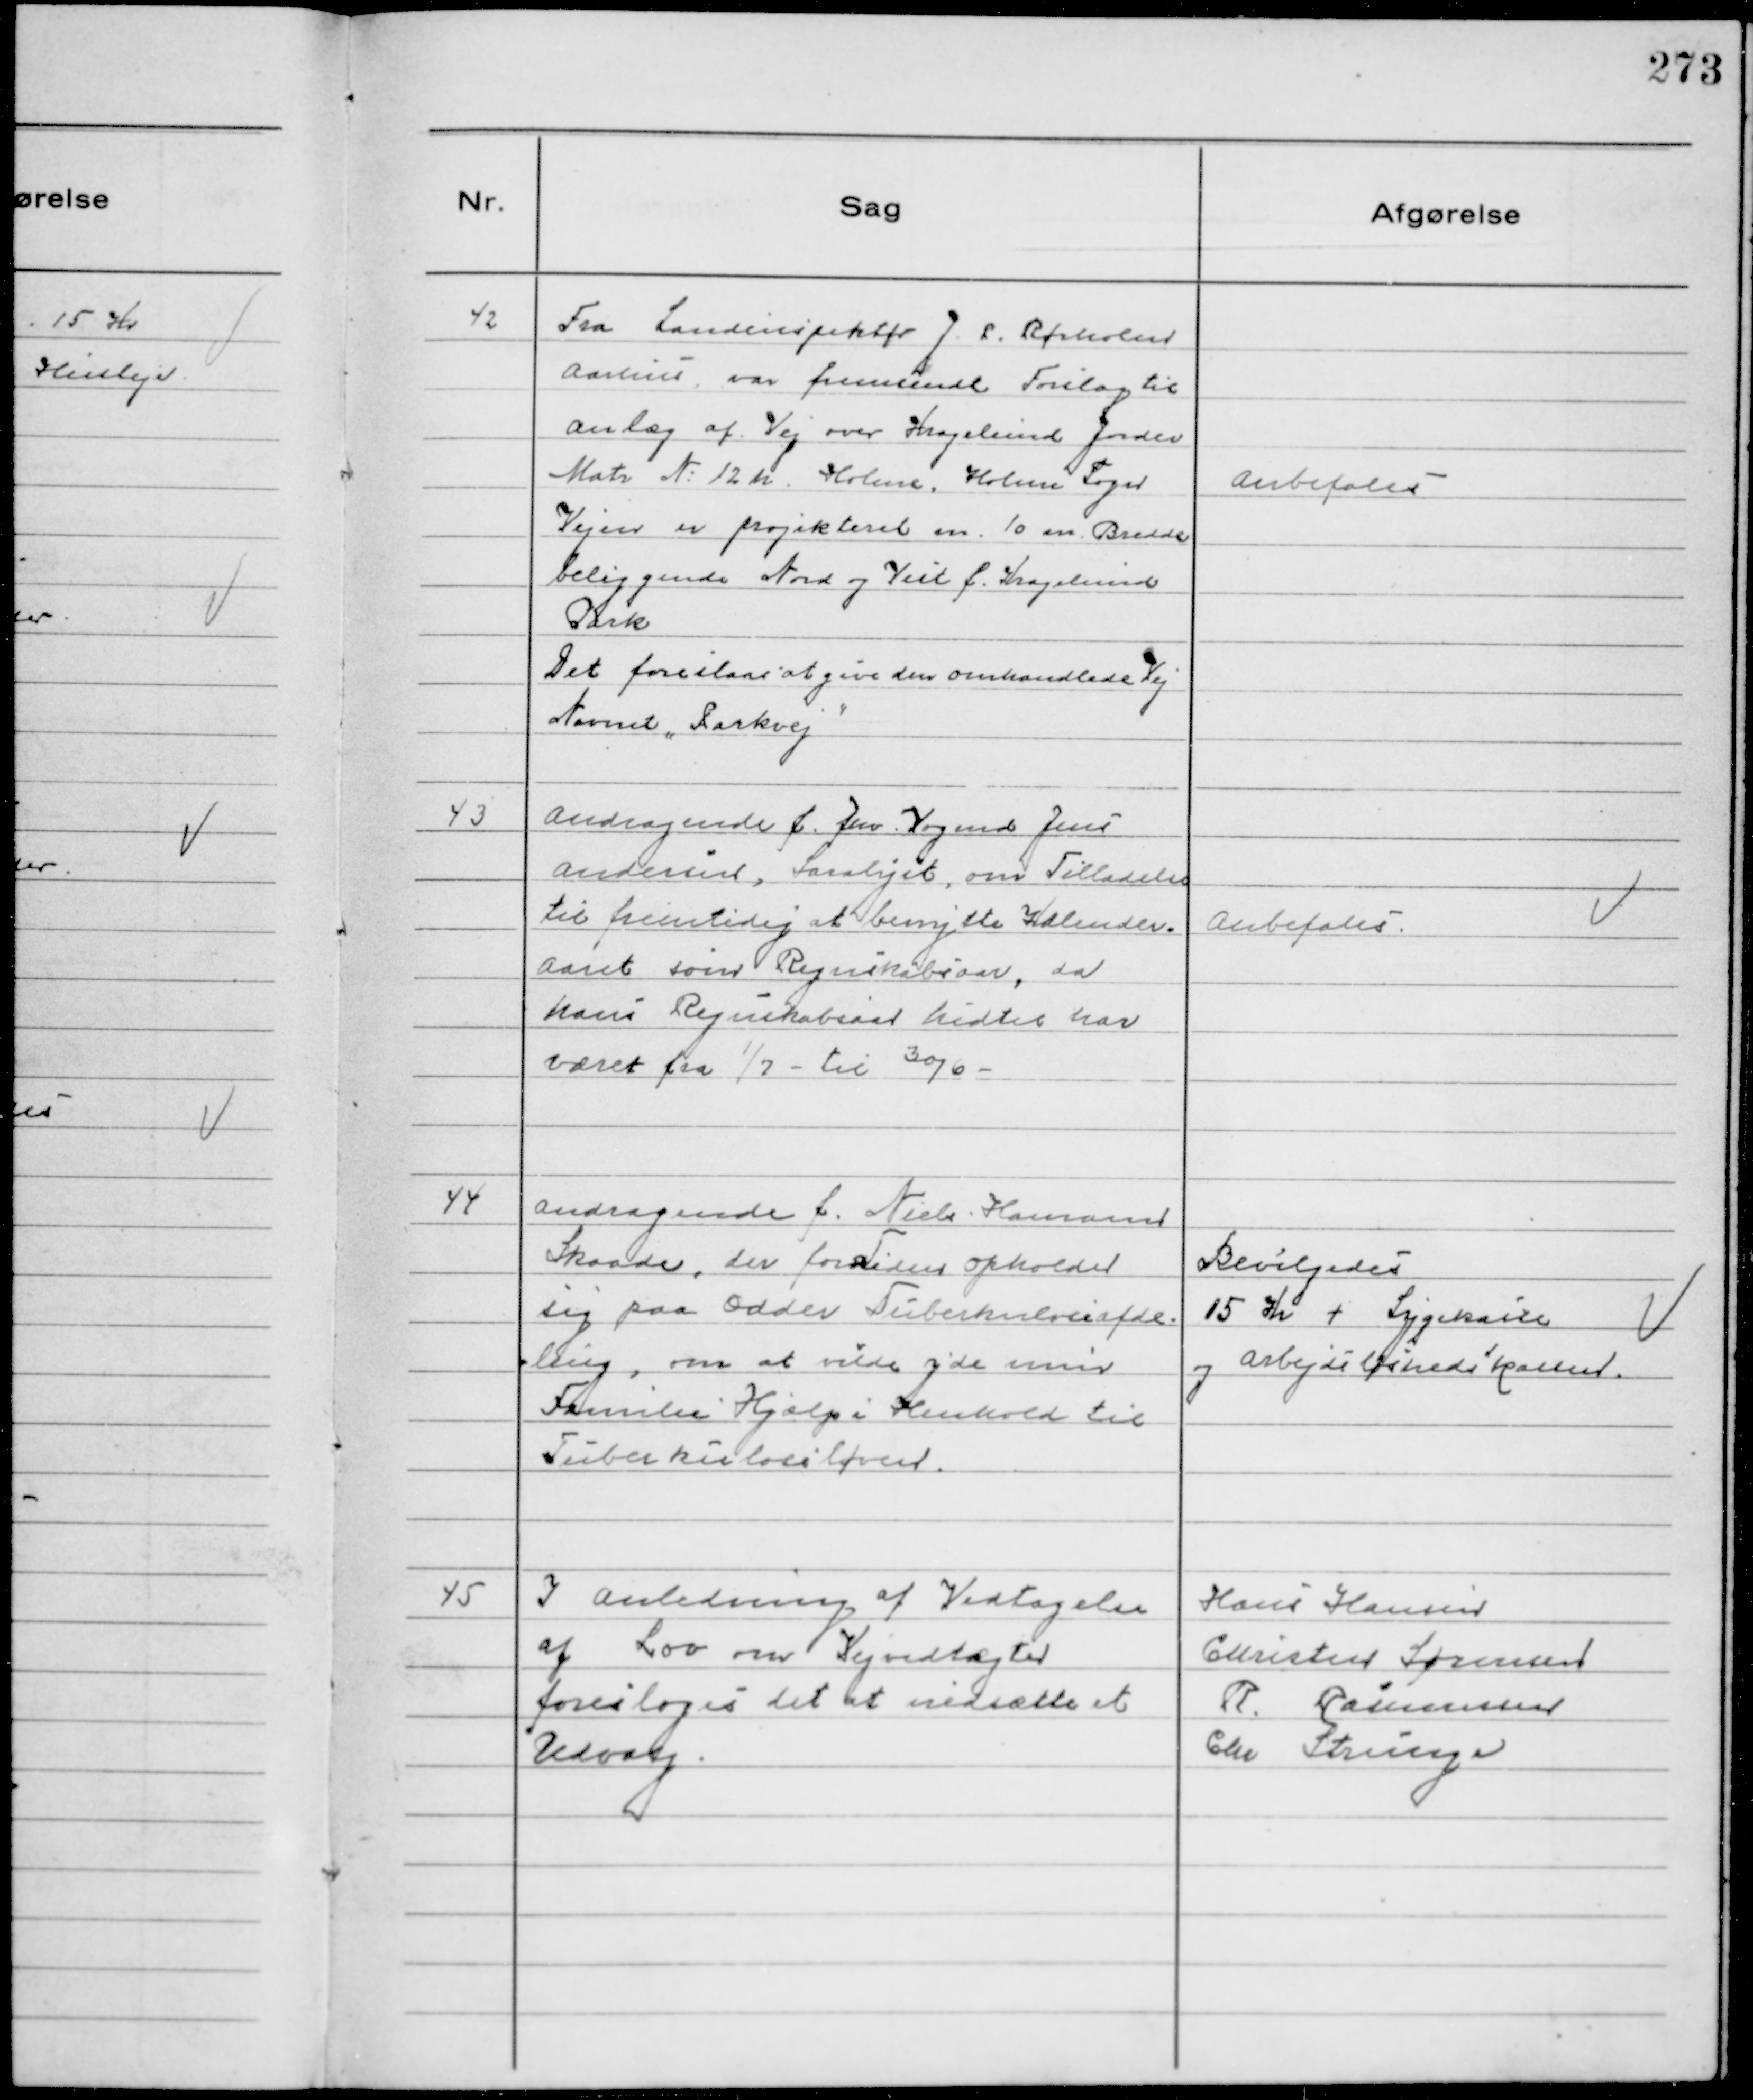
Transskription:
42
Fra Landinspektør J. P. Rørholm
Aarhus, var fremsendt Forslag til
Anlæg af Vej over Kragelund Jorder
Matr № 12 h Holme, Holme Sogn
Vejen er projekteret m. 10 m Bredde
beliggende Nord og Vest f. Kragelund
Park
Det foreslaas at give den omhandlede Vej
Navnet "Parkvej"

Anbefales

43
Andragende f. fhv. Vogmd Jens
Andersen, Saralyst, om Tilladelse
til fremtidig at benytte Kalender-
aaret som Regnskabsaar, da
hans Regnskabsaar hidtil har
været fra 1/7 - til 30/6 -

Anbefales

44
Andragende f. Niels Hamann
Skaade, der for Tiden opholder
sig paa Odder Tuberkuloseafde-
ling, om at vilde yde min
Familie Hjælp i Henhold til
Tuberkuloseloven.

Bevilgedes
15 Kr + Sygekasse
og Arbejdsløshedskassen.

45
I Anledning af Vedtagelse
af Lov om Vejvedtægter
foresloges det at nedsætte et
Udvalg.

Hans Hansen
Christen Sørensen
R. Rasmussen
Chr Strunge